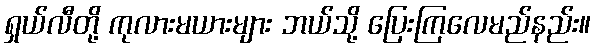
ရှယ်လီတို့ ကုလားမယားများ ဘယ်သို့ ပြေးကြလေမည်နည်း။